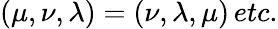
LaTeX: (\mu,\nu,\lambda)=(\nu,\lambda,\mu)\, etc.